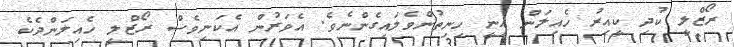
ރޯޒްލީ ކުދި ކީއިރު ހެއިލަން އިނީ ހިނިތުންވެލައިގެންނެވެ. އެވަރުން އެކަނިވެސް ރޯޒްލީ ހެއިލަންދެކެ